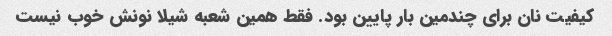
کیفیت نان برای چندمین بار پایین بود. فقط همین شعبه شیلا نونش خوب نیست